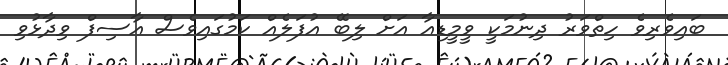
ބައިވެރިވެ ހިތްވަރު ދިނުމަކީ ވީމީޑިއާ އަށް ލިބޭ އުފަލެއް ކަމުގައިވެސް އާސިފް ވިދާޅުވި